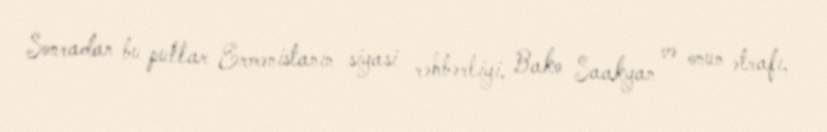
Sonradan bu pullar Ermənistanın siyasi rəhbərliyi, Bako Saakyan və onun ətrafı,